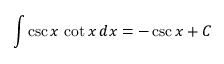
\int \csc { x } \, \cot { x } \, d x = - \csc { x } + C